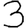
Digit: 3